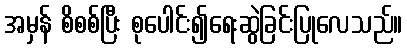
အမှန် စိစစ်ပြီး စုပေါင်း၍ရေးဆွဲခြင်းပြုလေသည်။